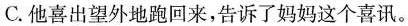
C.他喜出望外地跑回来，告诉了妈妈这个喜讯。